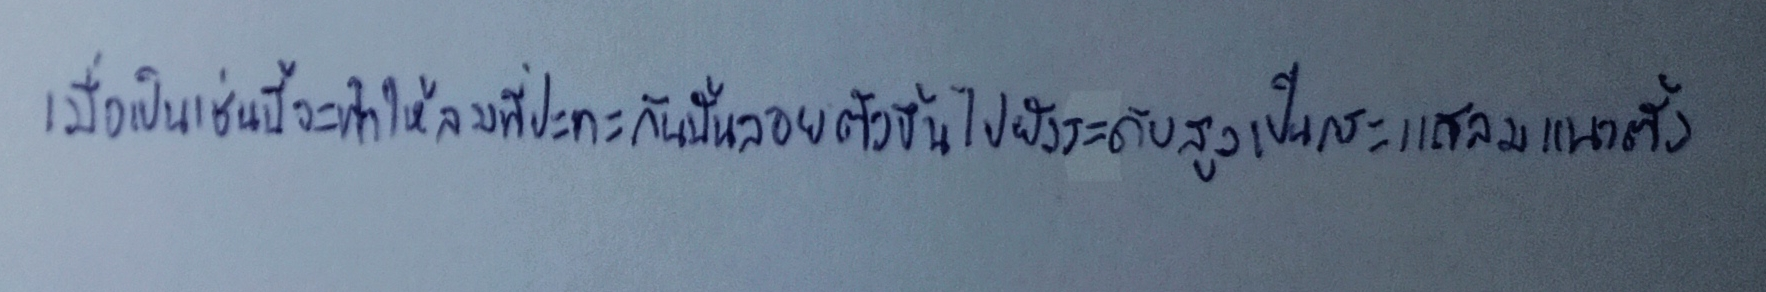
เมื่อเป็นเช่นนี้จะทำให้ลมที่ปะทะกันนั้นลอยตัวขึ้นไปยังระดับสูงเป็นกระแสลมแนวตั้ง